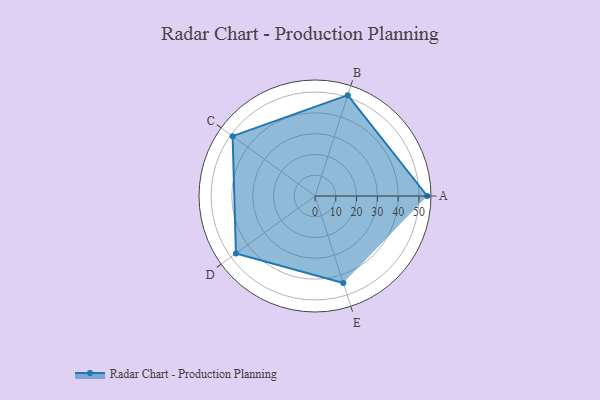
{"axis": {"x": "Skill", "y": "Score"}, "legend": ["Profile"], "data": [{"x": "A", "y": 54.0, "type": "Profile"}, {"x": "B", "y": 51.0, "type": "Profile"}, {"x": "C", "y": 49.0, "type": "Profile"}, {"x": "D", "y": 47.0, "type": "Profile"}, {"x": "E", "y": 44.0, "type": "Profile"}]}